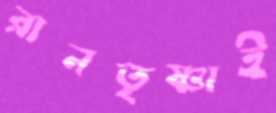
রানতৃষ্ণাই